Indian journal of veterinary science and animal husbandry - Volumes 22-23, 1952-1953
Year: 1952
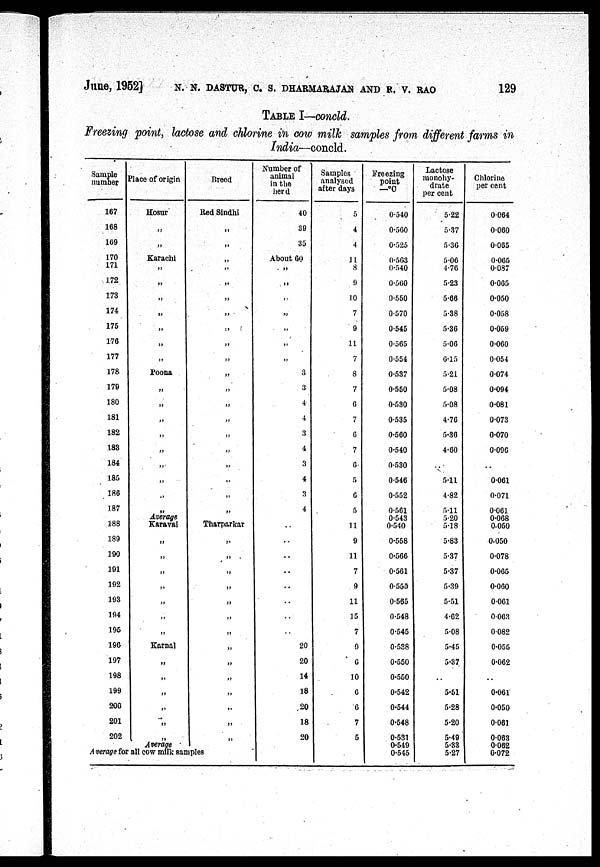
June, 1952] N. N. DASTUR, C. S. DHARMARAJAN AND R. V. RAO 129
TABLE I—concld.
Freezing point, lactose and chlorine in cow milk samples from different farms in
India—concld.
Sample
number
167
168
169
170
171
172
173
174
175
176
177
178
179
180
181
182
183
184
185
186
187
188
189
190
191
192
193
194
195
196
197
198
199
200
201
202
Place of origin
Hosur
„
„
Karachi
„
„
„
„
„
„
„
Poona
„
„
„
„
„
„
„
„
„
Average
Karavai
„
„
„
„
„
„
„
Karnal
„
„
„
„
„
„
Average
Breed
Red Sindhi
„
„
„
„
„
„
„
„
„
„
„
„
„
„
„
„
„
„
„
Tharparkar
„
„
„
„
„
„
„
„
„
„
„
„
„
A verage for all cow milk samples
Number of
animal
in the
her d
40
39
35
About 60
„
„
„
„
„
„
„
3
3
4
4
3
4
3
4
3
4
..
..
..
..
..
..
..
..
20
20
14
18
20
18
20
Samples
analysed
after days
5
4
4
11
8
9
10
7
9
11
7
8
7
6
7
0
7
6
5
6
5
11
9
11
7
9
11
15
7
9
6
10
6
6
7
5
Freezing
point
—°C
0.540
0.560
0.525
0.563
0.540
0.560
0.550
0.570
0.545
0.565
0.554
0.537
0.550
0.530
0.535
0.560
0.540
0.530
0.546
0.552
0.561
0.543
0.540
0.558
0.566
0.561
0.555
0.565
0.548
0.545
0.538
0.550
0.550
0.542
0.544
0.548
0.531
0.549
0.545
Lactose
monohy-
drate
per cent
5.22
5.37
5.36
5.06
4.76
5.23
5.66
5.38
5.36
5.06
6.15
5.21
5.08
5.08
4.76
5.36
4.60
..
5.11
4.82
5.11
5.20
5.18
5.83
5.37
5.37
5.39
5.51
4.62
5.08
5.45
5.37
..
5.51
5.28
5.20
5.49
5.33
5.27
Chlorine
per cent
0.064
0.060
0.065
0.065
0.087
0.065
0.050
0.058
0.059
0.060
0.054
0.074
0.094
0.081
0.073
0.070
0.096
..
0.061
0.071
0.061
0.068
0.050
0.050
0.078
0.065
0.060
0.061
0.063
0.082
0.055
0.062
..
0.061
0.050
0.061
0.063
0.062
0.072